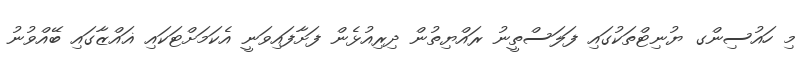
މި ހައުސިންގ ޔުނިޓްތަކުގައި ފަލަސްތީނު ރައްޔިތުން ދިރިއުޅެން ފަށާފައިވަނީ އެކަމަށްޓަކައި ޣައްޒާގައި ބޭއްވުނު